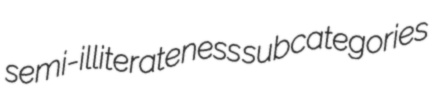
semi-illiterateness subcategories